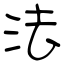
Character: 法